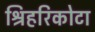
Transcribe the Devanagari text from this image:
श्रिहरिकोटा